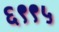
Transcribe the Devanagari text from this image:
६९९५